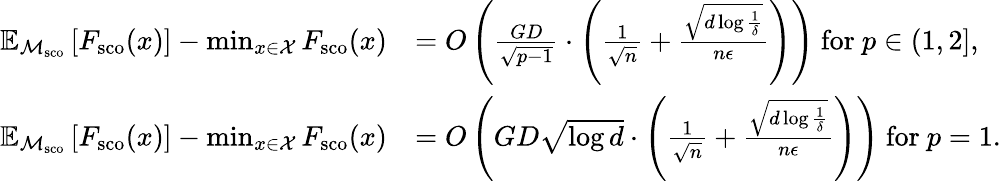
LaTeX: \begin{array}{rl}{\mathbb{E}_{\mathcal{M}_{\textup{sco}}}\left[F_{\textup{sco}}(x)\right]-\operatorname*{min}_{x\in\mathcal{X}}F_{\textup{sco}}(x)}&{=O\left(\frac{GD}{\sqrt{p-1}}\cdot\left(\frac 1{\sqrt n}+\frac{\sqrt{d\log\frac 1\delta}}{n\epsilon}\right)\right)\mathrm{~for~}p\in(1,2],}\\ {\mathbb{E}_{\mathcal{M}_{\textup{sco}}}\left[F_{\textup{sco}}(x)\right]-\operatorname*{min}_{x\in\mathcal{X}}F_{\textup{sco}}(x)}&{=O\left(GD\sqrt{\log d}\cdot\left(\frac 1{\sqrt n}+\frac{\sqrt{d\log\frac 1\delta}}{n\epsilon}\right)\right)\mathrm{~for~}p=1.}\end{array}